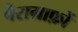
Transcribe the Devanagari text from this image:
पैराग्राफ़ों